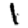
Digit: 1